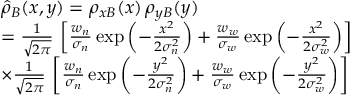
\begin{array} { r l } & { \hat { \rho } _ { B } ( x , y ) = \rho _ { x B } ( x ) \, \rho _ { y B } ( y ) } \\ & { = \frac { 1 } { \sqrt { 2 \pi } } \, \left[ \frac { w _ { n } } { \sigma _ { n } } \exp \left( - \frac { x ^ { 2 } } { 2 \sigma _ { n } ^ { 2 } } \right) + \frac { w _ { w } } { \sigma _ { w } } \exp \left( - \frac { x ^ { 2 } } { 2 \sigma _ { w } ^ { 2 } } \right) \right] } \\ & { \times \frac { 1 } { \sqrt { 2 \pi } } \, \left[ \frac { w _ { n } } { \sigma _ { n } } \exp \left( - \frac { y ^ { 2 } } { 2 \sigma _ { n } ^ { 2 } } \right) + \frac { w _ { w } } { \sigma _ { w } } \exp \left( - \frac { y ^ { 2 } } { 2 \sigma _ { w } ^ { 2 } } \right) \right] } \end{array}